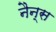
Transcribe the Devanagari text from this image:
नैन्स